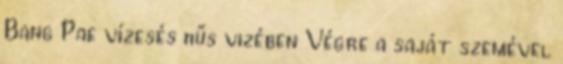
Bang Pae vízesés hűs vizében Végre a saját szemével